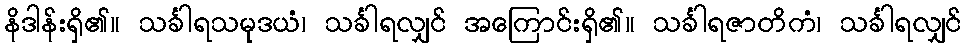
နိဒါန်းရှိ၏။ သင်္ခါရသမုဒယံ၊ သင်္ခါရလျှင် အကြောင်းရှိ၏။ သင်္ခါရဇာတိကံ၊ သင်္ခါရလျှင်